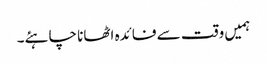
ہمیں وقت سے فائدہ اٹھانا چاہئے۔